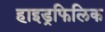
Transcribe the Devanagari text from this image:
हाइड्रफिलिक